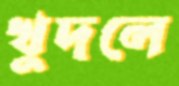
খুদলে